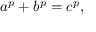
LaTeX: a ^ { p } + b ^ { p } = c ^ { p } ,